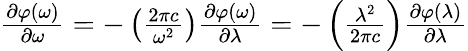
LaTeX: {\begin{array}{l}{{\frac{\partial\varphi\mathrm{(}\omega\mathrm{)}}{\partial\omega}}={-}\left({\frac{\mathrm{2}\pi c}{{\omega}^{\mathrm{2}}}}\right){\frac{\partial\varphi\mathrm{(}\omega\mathrm{)}}{\partial\lambda}}={-}\left({\frac{{\lambda}^{\mathrm{2}}}{\mathrm{2}\pi c}}\right){\frac{\partial\varphi\mathrm{(}\lambda\mathrm{)}}{\partial\lambda}}}\end{array}}